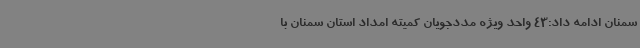
سمنان ادامه داد:43 واحد ویژه مددجویان کمیته امداد استان سمنان با